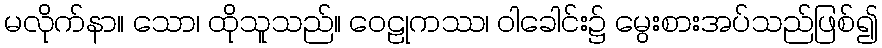
မလိုက်နာ။ သော၊ ထိုသူသည်။ ဝေဠုကဿ၊ ဝါခေါင်း၌ မွေးစားအပ်သည်ဖြစ်၍